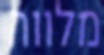
מלווה